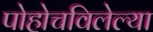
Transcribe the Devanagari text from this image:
पोहोचविलेल्या